Lunatic asylums in Bengal annual reports 1912-1924 - 1912-1924
Year: 1912
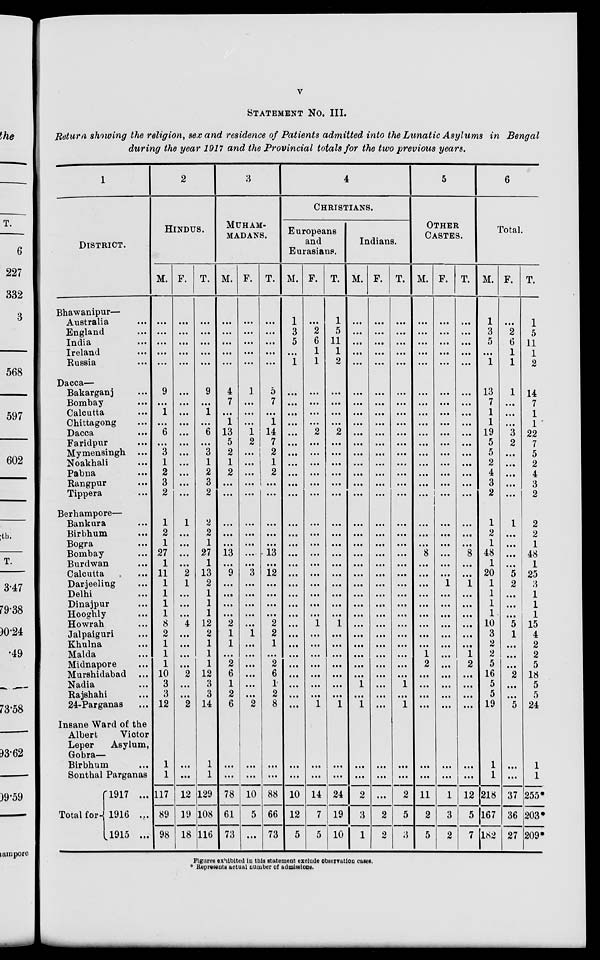
v
STATEMENT NO. III.
Return showing the religion, sex and residence of Patients admitted into the Lunatic Asylums in Bengal
during the year 1917 and the Provincial totals for the two previous years.
1
DISTRICT.
Bhawanipur—
Australia ...
England ...
India ...
Ireland ...
Russia ...
Dacca—
Bakarganj ...
Bombay ...
Calcutta ...
Chittagong ...
Dacca ...
Faridpur ...
Mymensingh ...
Noakhali ...
Pabna ...
Rangpur ...
Tippera ...
Berhampore—
Bankura ...
Birbhum ...
Bogra ...
Bombay ...
Burdwan ...
Calcutta ...
Darjeeling ...
Delhi ...
Dinajpur ...
Hooghly ...
Howrah ...
Jalpaiguri ...
Khulna ...
Malda ...
Midnapore ...
Murshidabad ...
Nadia ...
Rajshahi ...
24-Parganas ...
Insane Ward of the
Albert
Victor
Leper
Asylum,
Gobra—
Birbhum ...
Sonthal Parganas
Total for
1917 ...
1916 ...
1915 ...
2
HINDUS.
M.
...
...
...
...
...
9
...
1
...
6
...
3
1
2
3
2
1
2
1
27
1
11
1
1
1
1
8
2
1
1 1
10
3
3
12
1
1
117
89
98
F.
...
...
...
...
...
...
...
...
...
...
...
...
...
...
...
...
1
...
...
...
...
2
1
...
...
...
4
...
...
...
...
2
...
...
2
...
...
12
19
18
T.
...
...
...
...
...
9
...
1
...
6
...
3
1
2
3
2
2
2
1
27
1
13
2
1
1
1
12
2
1
1
1
12
3
3
14
1
1
129
108
116
3
MUHAM-
MADANS.
M.
...
...
...
...
...
4
7
...
1
13
5
2
1
2
...
...
...
...
...
13
...
9
...
...
...
...
2
1
1
...
2
6
1
2
6
...
...
78
61
73
F.
...
...
...
...
...
1
...
...
...
1
2
...
...
...
...
...
...
...
...
...
...
3
...
...
...
...
...
1
...
...
...
...
...
...
2
...
...
10
5
...
T.
...
...
...
...
...
5
7
...
1
14
7
2
1
2
...
...
...
...
...
13
...
12
...
...
...
...
2
2
1
...
2
6
1
2
8
...
...
88
66
73
4
CHRISTIANS.
Europeans
and
Eurasians.
M.
1
3
5
...
1
...
...
...
...
...
...
...
...
...
...
...
...
...
...
...
...
...
...
...
...
...
...
...
...
...
...
...
...
...
...
...
...
10
12
5
F.
...
2
6
1
1
...
...
...
...
2
...
...
...
...
...
...
...
...
...
...
...
...
...
...
...
...
1
...
...
...
...
...
...
...
1
...
...
14
7
5
T.
1
5
11
1
2
...
...
...
...
2
...
...
...
...
...
...
...
...
...
...
...
...
...
...
...
...
1
...
...
...
...
...
...
...
1
...
...
24
19
10
Indians.
M.
...
...
...
...
...
...
...
...
...
...
...
...
...
...
...
...
...
...
...
...
...
...
...
...
...
...
...
...
...
...
...
...
1
...
1
...
...
0
3
1
F.
...
...
...
...
...
...
...
...
...
...
...
...
...
...
...
...
...
...
...
...
...
...
...
...
...
...
...
...
...
...
...
...
...
...
...
...
...
...
2
2
T.
...
...
...
...
...
...
...
...
...
...
...
...
...
...
...
...
...
...
...
...
...
...
...
...
...
...
...
...
...
...
...
...
1
...
1
...
...
2
5
3
5
OTHER
CASTES.
M.
...
...
...
...
...
...
...
...
...
...
...
...
...
...
...
...
...
...
...
8
...
...
...
...
...
...
...
...
...
1
2
...
...
...
...
...
...
11
2
5
F.
...
...
...
...
...
...
...
...
...
...
...
...
...
...
...
...
...
...
...
...
...
...
1
...
...
...
...
...
...
...
...
...
...
...
...
...
...
1
3
2
T.
...
...
...
...
...
...
...
...
...
...
...
...
...
...
...
...
...
...
...
8
...
...
1
...
...
...
...
...
...
1
2
...
...
...
...
...
...
12
5
7
6
Total.
M.
1
3
5
...
1
13
7
1
1
19
5
5
2
4
3
2
1
...
1
48
1
20
1
1
1
1
10
3
2
2
5
16
5
5
19
1
1
218
167
182
F.
...
2
6
1
1
1
...
...
...
3
2
...
...
...
...
...
1
...
...
...
...
5
2
...
...
...
5
1
...
...
...
2
...
...
5
...
...
37
36
27
T.
1
5
11
1
2
14
7
1
1
22
7
5
2
4
3
2
2
2
1
48
1
25
3
1
1
1
15
4
2
2
5
18
5
5
24
1
1
255*
203*
209*
Figures exhibited in this statement exclude observation cases.
* Represents actual number of admissions.